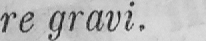
re gravi.